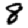
Digit: 8